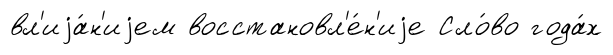
вл'иjа́н'иjем восстановл'е́н'иjе Сло́во года́х